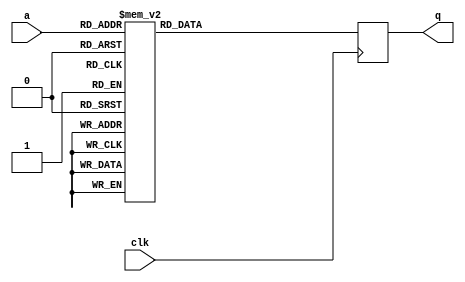
module tboxe1(input wire clk,
              input wire [7:0] a,
              output reg [31:0] q);

   always @(posedge clk)
     case (a)
	8'd0: q = 32'ha5c66363;
	8'd1: q = 32'h84f87c7c;
	8'd2: q = 32'h99ee7777;
	8'd3: q = 32'h8df67b7b;
	8'd4: q = 32'hdfff2f2;
	8'd5: q = 32'hbdd66b6b;
	8'd6: q = 32'hb1de6f6f;
	8'd7: q = 32'h5491c5c5;
	8'd8: q = 32'h50603030;
	8'd9: q = 32'h3020101;
	8'd10: q = 32'ha9ce6767;
	8'd11: q = 32'h7d562b2b;
	8'd12: q = 32'h19e7fefe;
	8'd13: q = 32'h62b5d7d7;
	8'd14: q = 32'he64dabab;
	8'd15: q = 32'h9aec7676;
	8'd16: q = 32'h458fcaca;
	8'd17: q = 32'h9d1f8282;
	8'd18: q = 32'h4089c9c9;
	8'd19: q = 32'h87fa7d7d;
	8'd20: q = 32'h15effafa;
	8'd21: q = 32'hebb25959;
	8'd22: q = 32'hc98e4747;
	8'd23: q = 32'hbfbf0f0;
	8'd24: q = 32'hec41adad;
	8'd25: q = 32'h67b3d4d4;
	8'd26: q = 32'hfd5fa2a2;
	8'd27: q = 32'hea45afaf;
	8'd28: q = 32'hbf239c9c;
	8'd29: q = 32'hf753a4a4;
	8'd30: q = 32'h96e47272;
	8'd31: q = 32'h5b9bc0c0;
	8'd32: q = 32'hc275b7b7;
	8'd33: q = 32'h1ce1fdfd;
	8'd34: q = 32'hae3d9393;
	8'd35: q = 32'h6a4c2626;
	8'd36: q = 32'h5a6c3636;
	8'd37: q = 32'h417e3f3f;
	8'd38: q = 32'h2f5f7f7;
	8'd39: q = 32'h4f83cccc;
	8'd40: q = 32'h5c683434;
	8'd41: q = 32'hf451a5a5;
	8'd42: q = 32'h34d1e5e5;
	8'd43: q = 32'h8f9f1f1;
	8'd44: q = 32'h93e27171;
	8'd45: q = 32'h73abd8d8;
	8'd46: q = 32'h53623131;
	8'd47: q = 32'h3f2a1515;
	8'd48: q = 32'hc080404;
	8'd49: q = 32'h5295c7c7;
	8'd50: q = 32'h65462323;
	8'd51: q = 32'h5e9dc3c3;
	8'd52: q = 32'h28301818;
	8'd53: q = 32'ha1379696;
	8'd54: q = 32'hf0a0505;
	8'd55: q = 32'hb52f9a9a;
	8'd56: q = 32'h90e0707;
	8'd57: q = 32'h36241212;
	8'd58: q = 32'h9b1b8080;
	8'd59: q = 32'h3ddfe2e2;
	8'd60: q = 32'h26cdebeb;
	8'd61: q = 32'h694e2727;
	8'd62: q = 32'hcd7fb2b2;
	8'd63: q = 32'h9fea7575;
	8'd64: q = 32'h1b120909;
	8'd65: q = 32'h9e1d8383;
	8'd66: q = 32'h74582c2c;
	8'd67: q = 32'h2e341a1a;
	8'd68: q = 32'h2d361b1b;
	8'd69: q = 32'hb2dc6e6e;
	8'd70: q = 32'heeb45a5a;
	8'd71: q = 32'hfb5ba0a0;
	8'd72: q = 32'hf6a45252;
	8'd73: q = 32'h4d763b3b;
	8'd74: q = 32'h61b7d6d6;
	8'd75: q = 32'hce7db3b3;
	8'd76: q = 32'h7b522929;
	8'd77: q = 32'h3edde3e3;
	8'd78: q = 32'h715e2f2f;
	8'd79: q = 32'h97138484;
	8'd80: q = 32'hf5a65353;
	8'd81: q = 32'h68b9d1d1;
	8'd82: q = 32'h0;
	8'd83: q = 32'h2cc1eded;
	8'd84: q = 32'h60402020;
	8'd85: q = 32'h1fe3fcfc;
	8'd86: q = 32'hc879b1b1;
	8'd87: q = 32'hedb65b5b;
	8'd88: q = 32'hbed46a6a;
	8'd89: q = 32'h468dcbcb;
	8'd90: q = 32'hd967bebe;
	8'd91: q = 32'h4b723939;
	8'd92: q = 32'hde944a4a;
	8'd93: q = 32'hd4984c4c;
	8'd94: q = 32'he8b05858;
	8'd95: q = 32'h4a85cfcf;
	8'd96: q = 32'h6bbbd0d0;
	8'd97: q = 32'h2ac5efef;
	8'd98: q = 32'he54faaaa;
	8'd99: q = 32'h16edfbfb;
	8'd100: q = 32'hc5864343;
	8'd101: q = 32'hd79a4d4d;
	8'd102: q = 32'h55663333;
	8'd103: q = 32'h94118585;
	8'd104: q = 32'hcf8a4545;
	8'd105: q = 32'h10e9f9f9;
	8'd106: q = 32'h6040202;
	8'd107: q = 32'h81fe7f7f;
	8'd108: q = 32'hf0a05050;
	8'd109: q = 32'h44783c3c;
	8'd110: q = 32'hba259f9f;
	8'd111: q = 32'he34ba8a8;
	8'd112: q = 32'hf3a25151;
	8'd113: q = 32'hfe5da3a3;
	8'd114: q = 32'hc0804040;
	8'd115: q = 32'h8a058f8f;
	8'd116: q = 32'had3f9292;
	8'd117: q = 32'hbc219d9d;
	8'd118: q = 32'h48703838;
	8'd119: q = 32'h4f1f5f5;
	8'd120: q = 32'hdf63bcbc;
	8'd121: q = 32'hc177b6b6;
	8'd122: q = 32'h75afdada;
	8'd123: q = 32'h63422121;
	8'd124: q = 32'h30201010;
	8'd125: q = 32'h1ae5ffff;
	8'd126: q = 32'hefdf3f3;
	8'd127: q = 32'h6dbfd2d2;
	8'd128: q = 32'h4c81cdcd;
	8'd129: q = 32'h14180c0c;
	8'd130: q = 32'h35261313;
	8'd131: q = 32'h2fc3ecec;
	8'd132: q = 32'he1be5f5f;
	8'd133: q = 32'ha2359797;
	8'd134: q = 32'hcc884444;
	8'd135: q = 32'h392e1717;
	8'd136: q = 32'h5793c4c4;
	8'd137: q = 32'hf255a7a7;
	8'd138: q = 32'h82fc7e7e;
	8'd139: q = 32'h477a3d3d;
	8'd140: q = 32'hacc86464;
	8'd141: q = 32'he7ba5d5d;
	8'd142: q = 32'h2b321919;
	8'd143: q = 32'h95e67373;
	8'd144: q = 32'ha0c06060;
	8'd145: q = 32'h98198181;
	8'd146: q = 32'hd19e4f4f;
	8'd147: q = 32'h7fa3dcdc;
	8'd148: q = 32'h66442222;
	8'd149: q = 32'h7e542a2a;
	8'd150: q = 32'hab3b9090;
	8'd151: q = 32'h830b8888;
	8'd152: q = 32'hca8c4646;
	8'd153: q = 32'h29c7eeee;
	8'd154: q = 32'hd36bb8b8;
	8'd155: q = 32'h3c281414;
	8'd156: q = 32'h79a7dede;
	8'd157: q = 32'he2bc5e5e;
	8'd158: q = 32'h1d160b0b;
	8'd159: q = 32'h76addbdb;
	8'd160: q = 32'h3bdbe0e0;
	8'd161: q = 32'h56643232;
	8'd162: q = 32'h4e743a3a;
	8'd163: q = 32'h1e140a0a;
	8'd164: q = 32'hdb924949;
	8'd165: q = 32'ha0c0606;
	8'd166: q = 32'h6c482424;
	8'd167: q = 32'he4b85c5c;
	8'd168: q = 32'h5d9fc2c2;
	8'd169: q = 32'h6ebdd3d3;
	8'd170: q = 32'hef43acac;
	8'd171: q = 32'ha6c46262;
	8'd172: q = 32'ha8399191;
	8'd173: q = 32'ha4319595;
	8'd174: q = 32'h37d3e4e4;
	8'd175: q = 32'h8bf27979;
	8'd176: q = 32'h32d5e7e7;
	8'd177: q = 32'h438bc8c8;
	8'd178: q = 32'h596e3737;
	8'd179: q = 32'hb7da6d6d;
	8'd180: q = 32'h8c018d8d;
	8'd181: q = 32'h64b1d5d5;
	8'd182: q = 32'hd29c4e4e;
	8'd183: q = 32'he049a9a9;
	8'd184: q = 32'hb4d86c6c;
	8'd185: q = 32'hfaac5656;
	8'd186: q = 32'h7f3f4f4;
	8'd187: q = 32'h25cfeaea;
	8'd188: q = 32'hafca6565;
	8'd189: q = 32'h8ef47a7a;
	8'd190: q = 32'he947aeae;
	8'd191: q = 32'h18100808;
	8'd192: q = 32'hd56fbaba;
	8'd193: q = 32'h88f07878;
	8'd194: q = 32'h6f4a2525;
	8'd195: q = 32'h725c2e2e;
	8'd196: q = 32'h24381c1c;
	8'd197: q = 32'hf157a6a6;
	8'd198: q = 32'hc773b4b4;
	8'd199: q = 32'h5197c6c6;
	8'd200: q = 32'h23cbe8e8;
	8'd201: q = 32'h7ca1dddd;
	8'd202: q = 32'h9ce87474;
	8'd203: q = 32'h213e1f1f;
	8'd204: q = 32'hdd964b4b;
	8'd205: q = 32'hdc61bdbd;
	8'd206: q = 32'h860d8b8b;
	8'd207: q = 32'h850f8a8a;
	8'd208: q = 32'h90e07070;
	8'd209: q = 32'h427c3e3e;
	8'd210: q = 32'hc471b5b5;
	8'd211: q = 32'haacc6666;
	8'd212: q = 32'hd8904848;
	8'd213: q = 32'h5060303;
	8'd214: q = 32'h1f7f6f6;
	8'd215: q = 32'h121c0e0e;
	8'd216: q = 32'ha3c26161;
	8'd217: q = 32'h5f6a3535;
	8'd218: q = 32'hf9ae5757;
	8'd219: q = 32'hd069b9b9;
	8'd220: q = 32'h91178686;
	8'd221: q = 32'h5899c1c1;
	8'd222: q = 32'h273a1d1d;
	8'd223: q = 32'hb9279e9e;
	8'd224: q = 32'h38d9e1e1;
	8'd225: q = 32'h13ebf8f8;
	8'd226: q = 32'hb32b9898;
	8'd227: q = 32'h33221111;
	8'd228: q = 32'hbbd26969;
	8'd229: q = 32'h70a9d9d9;
	8'd230: q = 32'h89078e8e;
	8'd231: q = 32'ha7339494;
	8'd232: q = 32'hb62d9b9b;
	8'd233: q = 32'h223c1e1e;
	8'd234: q = 32'h92158787;
	8'd235: q = 32'h20c9e9e9;
	8'd236: q = 32'h4987cece;
	8'd237: q = 32'hffaa5555;
	8'd238: q = 32'h78502828;
	8'd239: q = 32'h7aa5dfdf;
	8'd240: q = 32'h8f038c8c;
	8'd241: q = 32'hf859a1a1;
	8'd242: q = 32'h80098989;
	8'd243: q = 32'h171a0d0d;
	8'd244: q = 32'hda65bfbf;
	8'd245: q = 32'h31d7e6e6;
	8'd246: q = 32'hc6844242;
	8'd247: q = 32'hb8d06868;
	8'd248: q = 32'hc3824141;
	8'd249: q = 32'hb0299999;
	8'd250: q = 32'h775a2d2d;
	8'd251: q = 32'h111e0f0f;
	8'd252: q = 32'hcb7bb0b0;
	8'd253: q = 32'hfca85454;
	8'd254: q = 32'hd66dbbbb;
	8'd255: q = 32'h3a2c1616;

     endcase // case (a)
endmodule